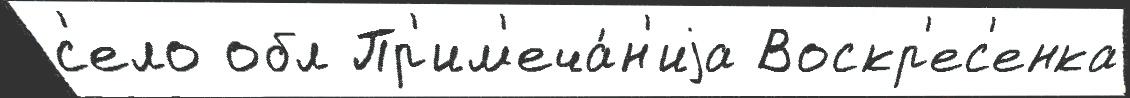
с'ело обл Пр'им'еча́н'иjа Воскр'ес'енка